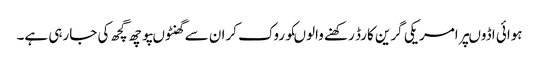
ہوائی اڈوںپرامریکی گرین کارڈ رکھنے والوںکوروک کران سے گھنٹوںپوچھ گچھ کی جارہی ہے۔